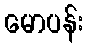
မောပန်း